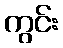
ကွင်း